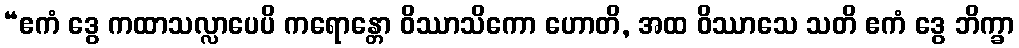
“ဧကံ ဒွေ ကထာသလ္လာပေပိ ကရောန္တော ဝိဿာသိကော ဟောတိ, အထ ဝိဿာသေ သတိ ဧကံ ဒွေ ဘိက္ခာ